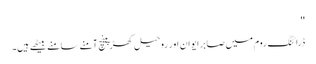
''
ڈرائنگ روم میں صابر ایوان اور روحیل کھڑپینچ آمنے سامنے بیٹھے ہیں۔